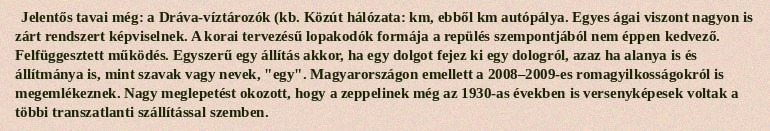
Jelentős tavai még: a Dráva-víztározók (kb. Közút hálózata:  km, ebből  km autópálya. Egyes ágai viszont nagyon is zárt rendszert képviselnek. A korai tervezésű lopakodók formája a repülés szempontjából nem éppen kedvező. Felfüggesztett működés. Egyszerű egy állítás akkor, ha egy dolgot fejez ki egy dologról, azaz ha alanya is és állítmánya is, mint szavak vagy nevek, "egy". Magyarországon emellett a 2008–2009-es romagyilkosságokról is megemlékeznek. Nagy meglepetést okozott, hogy a zeppelinek még az 1930-as években is versenyképesek voltak a többi transzatlanti szállítással szemben.